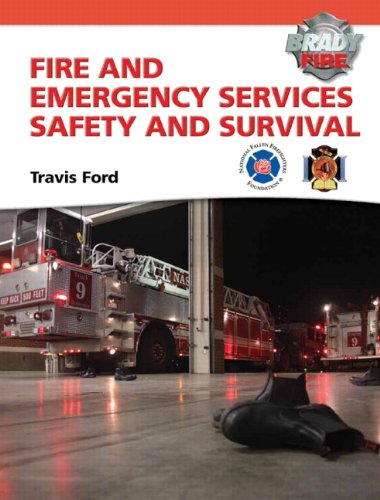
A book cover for Fire and Emergency Services Safety & Survival; Travis M. Ford; Health, Fitness & Dieting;